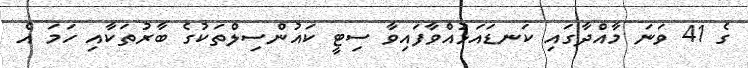
ގެ 41 ވަނަ މާއްދާގައި ކަނޑައަޅުއްވާފައިވާ ސިޓީ ކައުންސިލްތަކުގެ ބާރުތަކާއި ހަމަ އެ